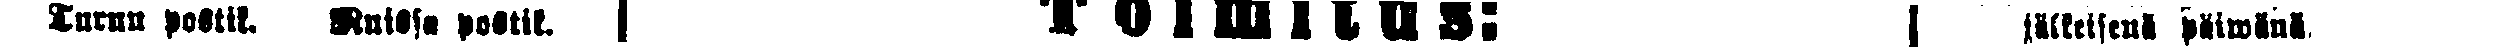
Turun postik. Ruissa postik.  Toimitus:  jälkeisenä päiwänä